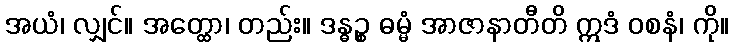
အယံ၊ လျှင်။ အတ္ထော၊ တည်း။ ဒန္ဓဉ္စ ဓမ္မံ အာဇာနာတီတိ ဣဒံ ဝစနံ၊ ကို။